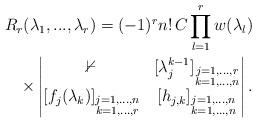
LaTeX: \begin{align*}R_r(\lambda_1,...,\lambda_r)=(-1)^r n! \,C \prod_{l=1}^r w(\lambda_l) \\\times \begin{vmatrix} \mathbb{0} & [\lambda_j^{k-1}]_{\substack{j=1,...,r\\k=1,...,n}} \\ [f_j(\lambda_k)]_{\substack{j=1,...,n\\k=1,...,r}} & [h_{j,k}]_{\substack{j=1,...,n\\k=1,...,n}} \end{vmatrix}.\end{align*}